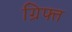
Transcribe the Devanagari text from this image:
ग्रिफ्त